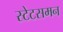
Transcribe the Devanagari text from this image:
स्टेटसमन